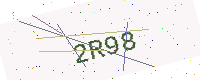
Text: 2R98